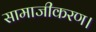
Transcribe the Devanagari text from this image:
सामाजीकरण।